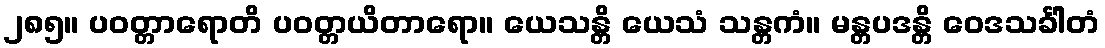
၂၈၅။ ပဝတ္တာရောတိ ပဝတ္တယိတာရော။ ယေသန္တိ ယေသံ သန္တကံ။ မန္တပဒန္တိ ဝေဒသင်္ခါတံ